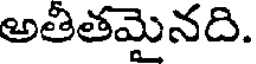
అతితమైనది.